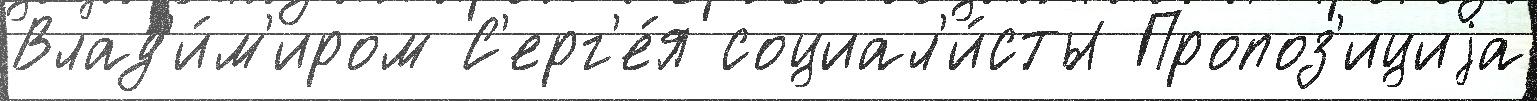
Влад'и́м'иром С'ерг'е́я социал'и́сты Пропоз'ициjа